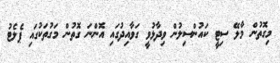
މިގޮތުން މާލޭ ސިޓީ ކައުންސިލުން ވިދާޅުވީ ގަވާއިދުގައި އޮންނަ ގޮތުން މަގުތަކުގައި ޕެލެޓު